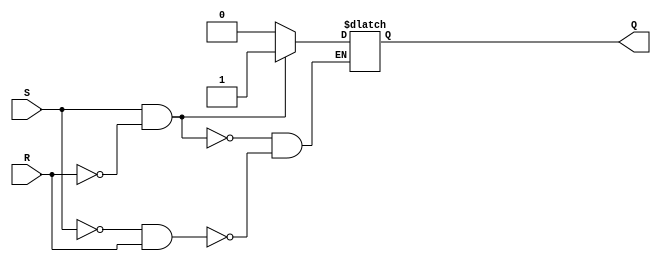
module sr_flipflop (
    input wire S,
    input wire R,
    output reg Q
);

always @(*) begin
    if (S & !R)
        Q <= 1;
    else if (!S & R)
        Q <= 0;
end

endmodule